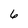
Character: 6